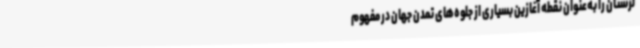
لرستان را به‌عنوان نقطه آغازین بسیاری از جلوه‌های تمدن جهان در مفهوم